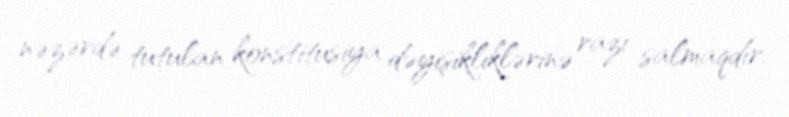
nəzərdə tutulan konstitusiya dəyişikliklərinə razı salmaqdır.